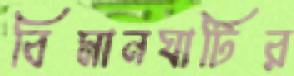
বিমানঘাটির